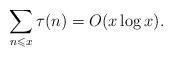
LaTeX: \begin{align*}\sum_{n\leqslant x}\tau(n)=O(x\log x).\end{align*}